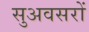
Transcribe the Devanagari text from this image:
सुअवसरों